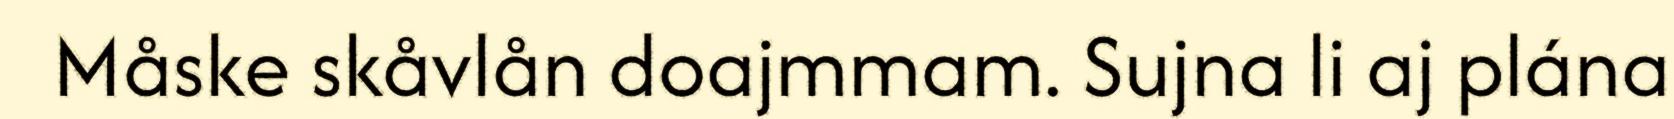
Måske skåvlån doajmmam. Sujna li aj plána